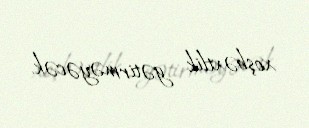
xoşbəxtlik gətirməyəcək.